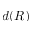
d ( R )